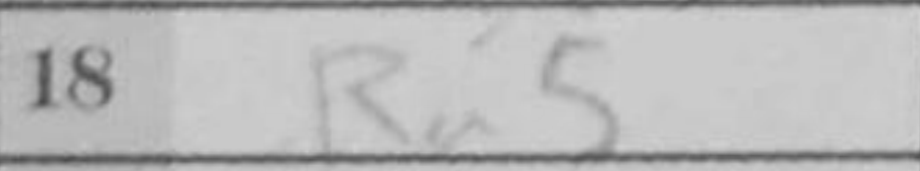
Transcription: Ra5